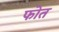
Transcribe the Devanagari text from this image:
फोत